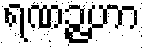
ရဏဉ္ဇဟာ